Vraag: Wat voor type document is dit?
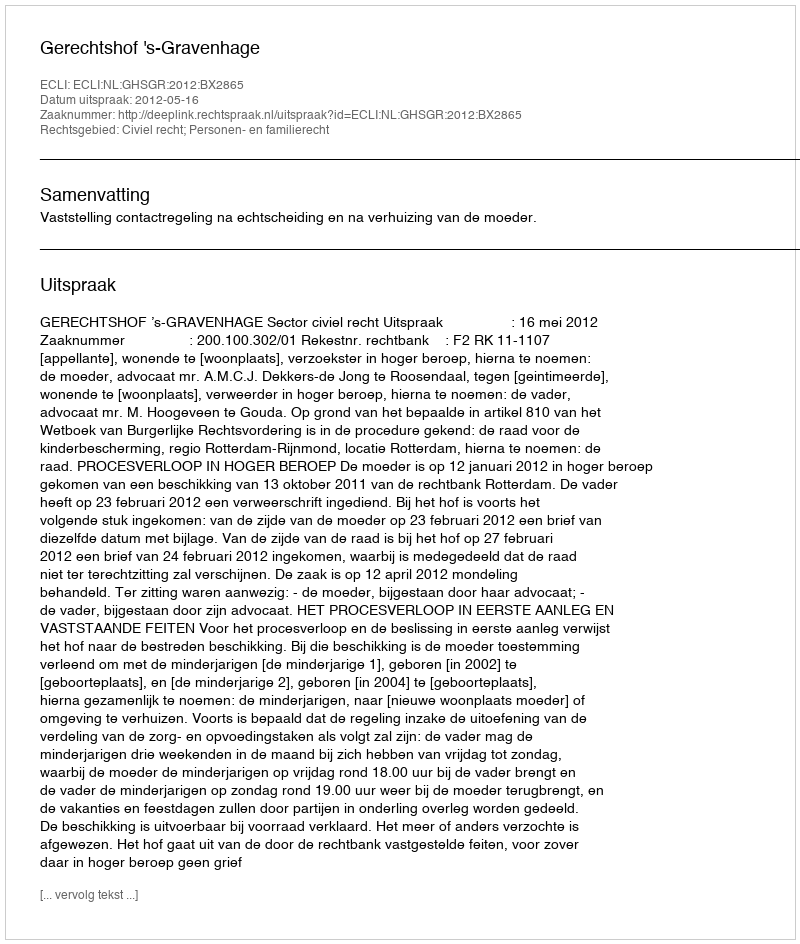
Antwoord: Uitspraak